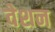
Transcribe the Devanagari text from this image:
वेशन